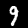
Digit: 9